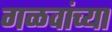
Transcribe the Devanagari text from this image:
गळवांच्या